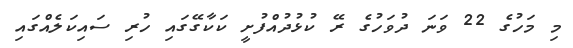
މި މަހުގެ 22 ވަނަ ދުވަހުގެ ރޭ ކުޅުދުއްފުށީ ކަކާގޭގައި ހުރި ސައިކަލެއްގައި